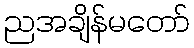
ညအချိန်မတော်